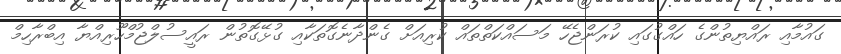
ގައުމާއި ރައްޔިތުންގެ ހައްގުގައި ކުރަންޖެހޭ މަސައްކަތްތައް ކުރިއަށް ގެންދާނެގޮތަކާއި ގުޅޭގޮތުން ރައީސުލްޖުމްހޫރިއްޔާ އިބްރާހިމް